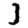
Digit: 3